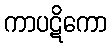
ကာပဋိကော